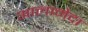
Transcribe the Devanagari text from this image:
आलामेदा